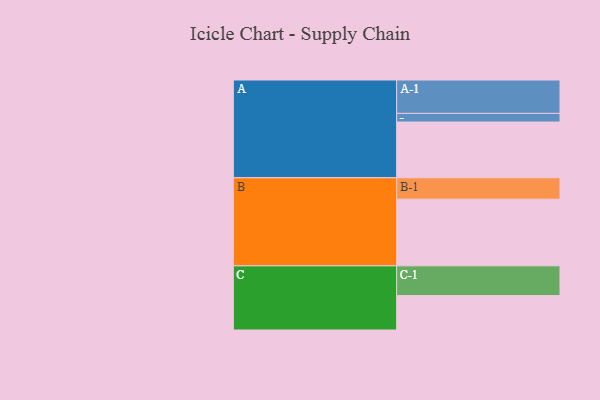
{"axis": {"x": "Segment", "y": "Value"}, "legend": ["", "A", "B", "C"], "data": [{"x": "A", "y": 489, "type": ""}, {"x": "B", "y": 585, "type": ""}, {"x": "C", "y": 302, "type": ""}, {"x": "A-1", "y": 293, "type": "A"}, {"x": "A-2", "y": 76, "type": "A"}, {"x": "B-1", "y": 188, "type": "B"}, {"x": "C-1", "y": 261, "type": "C"}]}